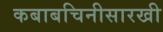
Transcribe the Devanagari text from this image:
कबाबचिनीसारखी